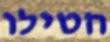
הטילו